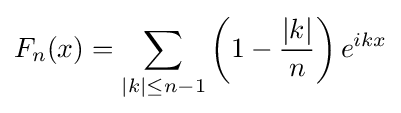
F_{n}(x)=\sum _{|k|\leq n-1}\left(1-{\frac {|k|}{n}}\right)e^{ikx}